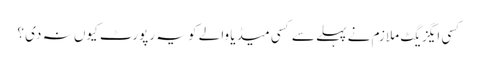
کسی ایگزیگٹ ملازم نے پہلے سے کسی میڈیا والے کو یہ رپورٹ کیوں نہ دی ؟